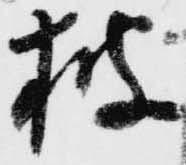
披